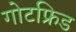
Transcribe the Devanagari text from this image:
गोटफ्रिड